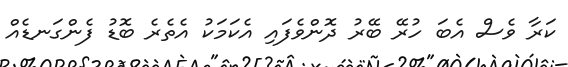
ކަރާ ވެސް އެބަ ހުރޭ ބޭރު ދޮންވެފައި އެކަމަކު އެތެރެ ބޮޑު ފެންގަނޑެއް